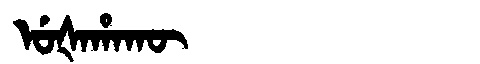
Manchu: ᡠᡧᠠᡥᠠᡴᡡ
Romanization: UŠAHAKŪ